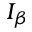
I _ { \beta }